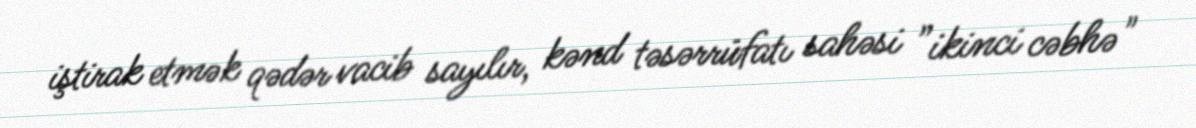
iştirak etmək qədər vacib sayılır, kənd təsərrüfatı sahəsi ”ikinci cəbhə"